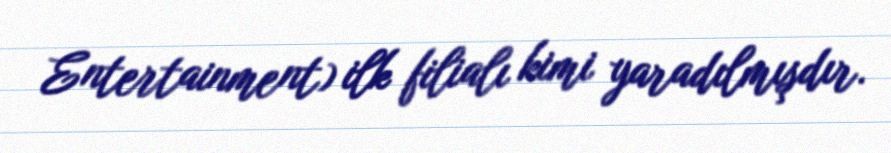
Entertainment) ilk filialı kimi yaradılmışdır.